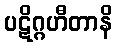
ပဋိဂ္ဂဟီတာနိ